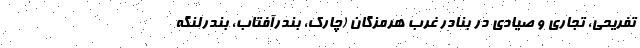
تفریحی، تجاری و صیادی در بنادر غرب هرمزگان (چارک، بندرآفتاب، بندرلنگه